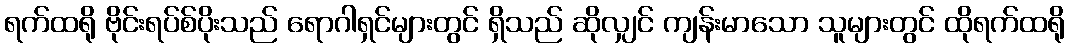
ရက်ထရို ဗိုင်းရပ်စ်ပိုးသည် ရောဂါရှင်များတွင် ရှိသည် ဆိုလျှင် ကျန်းမာသော သူများတွင် ထိုရက်ထရို